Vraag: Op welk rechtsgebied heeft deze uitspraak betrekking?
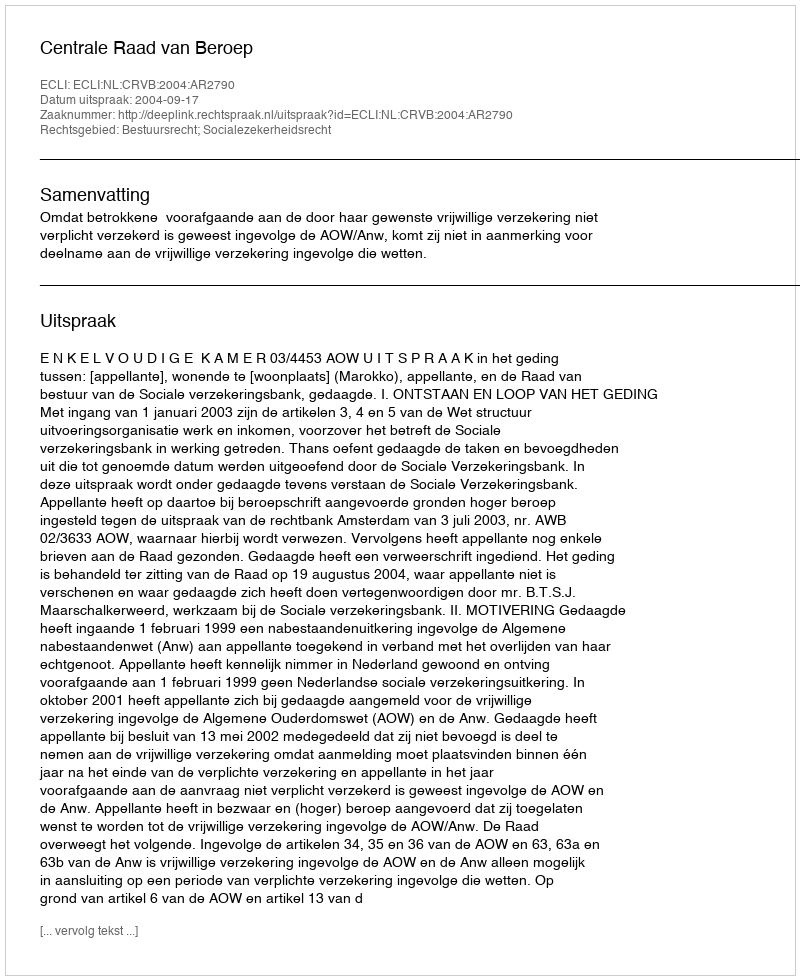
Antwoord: Bestuursrecht; Socialezekerheidsrecht